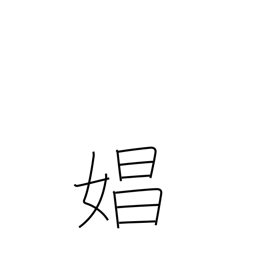
Meaning: prostitute